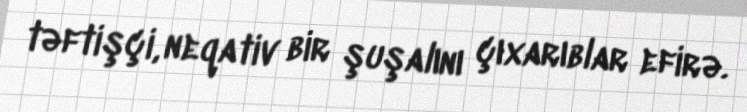
təftişçi, neqativ bir şuşalını çıxarıblar efirə.